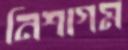
নিশাগম